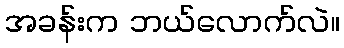
အခန်းက ဘယ်လောက်လဲ။